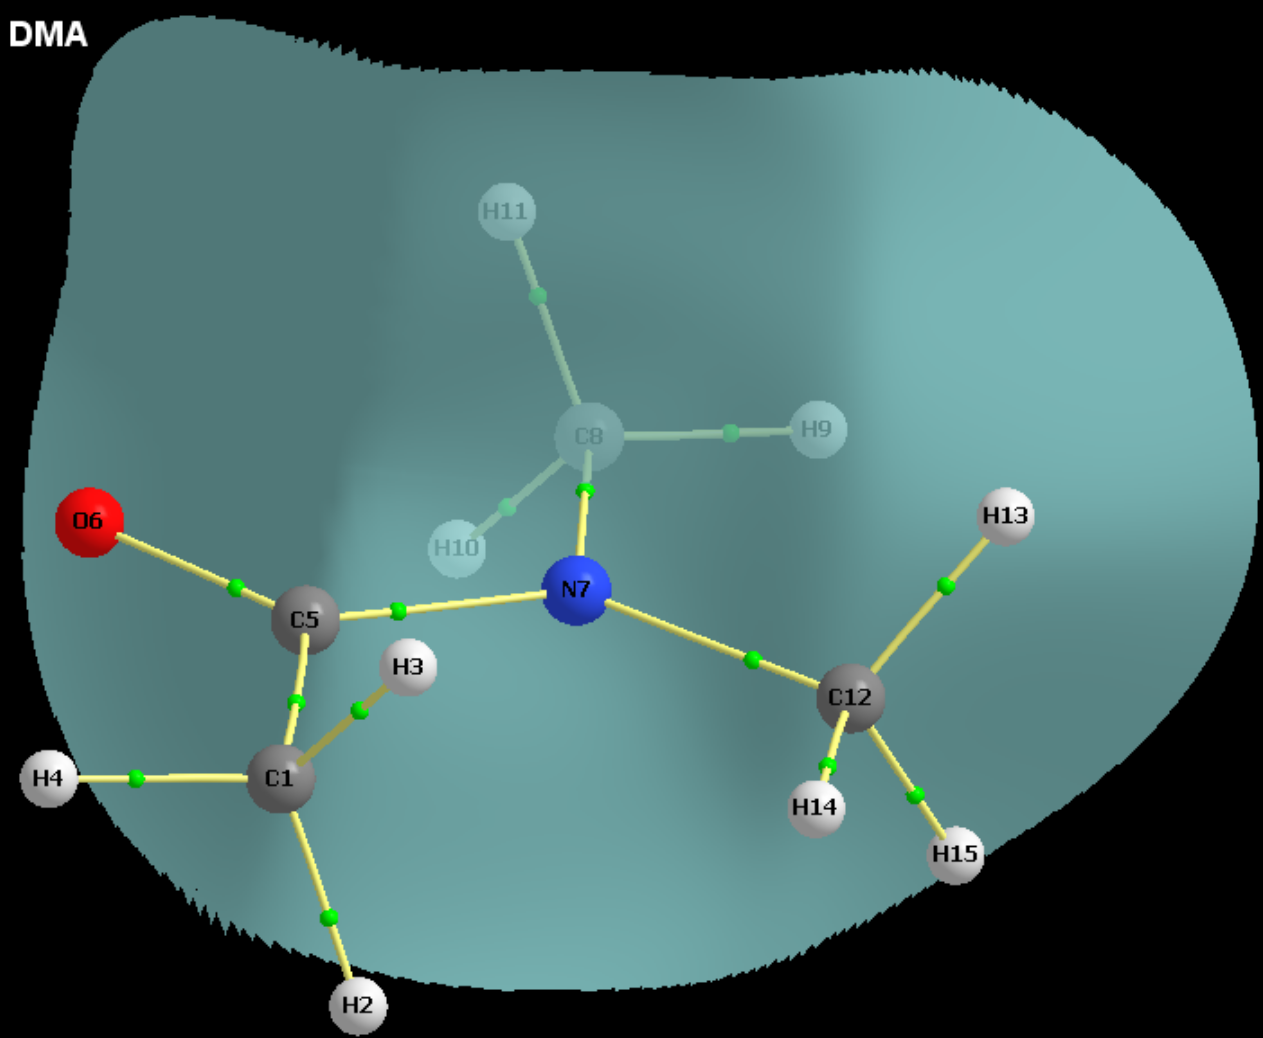
aimaii, QTAIM, interatomic surface